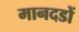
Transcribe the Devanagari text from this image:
मानदडों